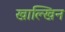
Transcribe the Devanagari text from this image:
खाल्खिन